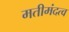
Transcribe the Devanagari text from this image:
मतीमंदत्व